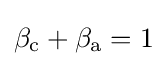
\beta _{\rm {c}}+\beta _{\rm {a}}=1